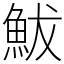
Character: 鮁